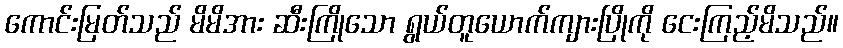
ကောင်းမြတ်သည် မိမိအား ဆီးကြိုသော ရွယ်တူယောက်ကျားပြိုကို ငေးကြည့်မိသည်။